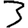
Digit: 3